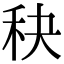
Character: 𥝭